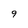
Character: 9